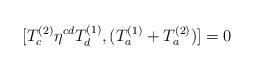
LaTeX: \begin{align*}[T_c^{(2)} \eta^{cd} T_d^{(1)} ,(T_a^{(1)} + T_a^{(2)})] =0\end{align*}